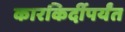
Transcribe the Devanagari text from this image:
कारकिर्दीपर्यंत